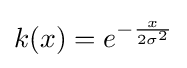
k(x)=e^{-{\frac {x}{2\sigma ^{2}}}}